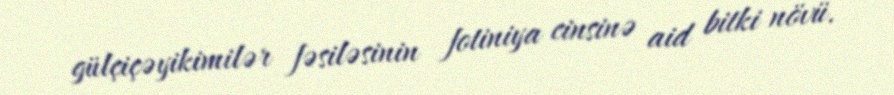
gülçiçəyikimilər fəsiləsinin fotiniya cinsinə aid bitki növü.